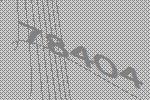
78404